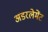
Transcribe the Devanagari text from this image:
अंडरलेमेंट